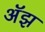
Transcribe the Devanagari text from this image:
अॅझ